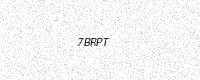
Text: 7BRPT